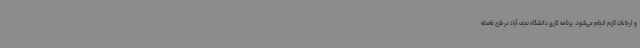
و ارجاعات لازم انجام می‌شود. برنامه کاری دانشگاه نجف آباد در طرح فاصله